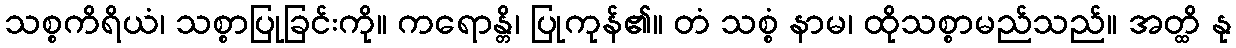
သစ္စကိရိယံ၊ သစ္စာပြုခြင်းကို။ ကရောန္တိ၊ ပြုကုန်၏။ တံ သစ္စံ နာမ၊ ထိုသစ္စာမည်သည်။ အတ္ထိ နု